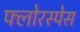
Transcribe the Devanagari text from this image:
फ्लोरस्पेस